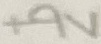
Text: +9V